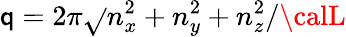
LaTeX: \mathsf{q}=2\pi\sqrt{}{{n_{x}^{2}+n_{y}^{2}+n_{z}^{2}}}/{\calL}